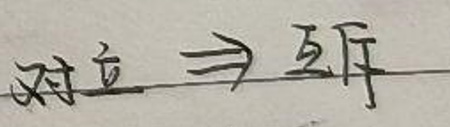
对立$\Rightarrow$ 互斥